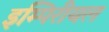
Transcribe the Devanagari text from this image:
इम्पिरीयल